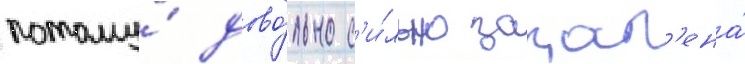
потому́ дово́льно с'и́льно закал'ена́